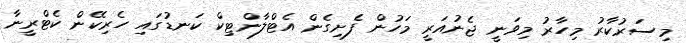
މިސަރުކާރު މިހާރު މިވަނީ ޖެނުއަރީ މަހުން ފެށިގެން އެޓްލާންޓިކް ކަނޑުގައި ހެރިކޭން ކެޓްރީނާ